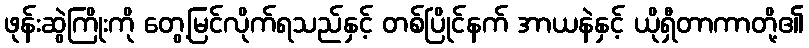
ဖုန်းဆွဲကြိုးကို တွေ့မြင်လိုက်ရသည်နှင့် တစ်ပြိုင်နက် အာယနဲနှင့် ယိုရှီတာကာတို့၏